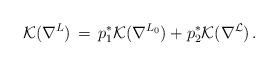
LaTeX: \begin{align*}{\mathcal K}(\nabla^L)\, =\, p^*_1{\mathcal K}(\nabla^{L_0}) +p^*_2{\mathcal K}(\nabla^{\mathcal L})\, .\end{align*}